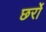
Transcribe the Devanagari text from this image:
छर्रो